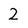
Character: 2